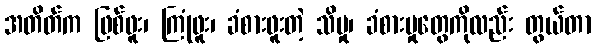
အတိတ်က ဖြစ်ဖူး၊ ကြုံဖူး၊ ခံစားဖူးတဲ့ သိမှု၊ ခံစားမှုတွေကိုလည်း တွယ်တာ